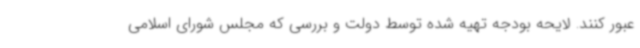
عبور کنند. لایحه بودجه تهیه شده توسط دولت و بررسی که مجلس شورای اسلامی